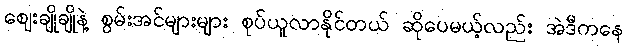
ဈေးချိုချိုနဲ့ စွမ်းအင်များများ စုပ်ယူလာနိုင်တယ် ဆိုပေမယ့်လည်း အဲဒီကနေ